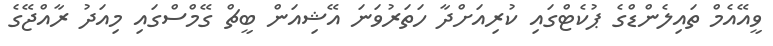
ވީއޭއެމް ތައިލެންޑްގެ ޕުކެޓްގައި ކުރިއަށްދާ ހަތަރުވަނަ އޭޝިއަން ބީޗް ގޭމްސްގައި މިއަދު ރާއްޖޭގެ